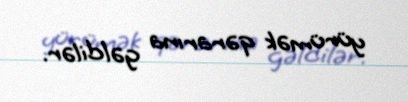
yürümək qərarına gəldilər.